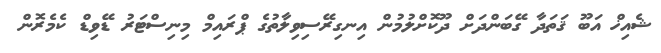
ޝެއިޚް އަބޫ ޤަތަދާ ގޭބަންދަށް ދޫކޮށްލުމުން އިނގިރޭސިވިލާތުގެ ޕްރައިމް މިނިސްޓަރު ޑޭވިޑް ކެމެރޮން